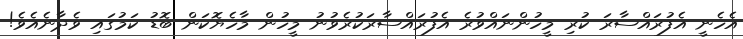
އެހެނީ އެފުރައްސާރަ ކުރި މީހުންނައްވުރެ އެފުރައްސާރަކުރެވުނު މީހުން މާހެޔޮކަން ބޮޑު ކަމުގައި ވެދާނެއެވެ!